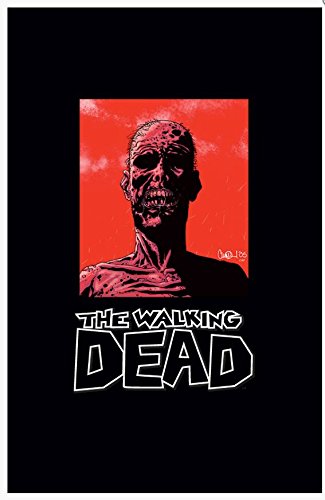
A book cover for The Walking Dead Omnibus Volume 1 HC (New Printing); Robert Kirkman; Comics & Graphic Novels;